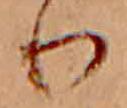
り